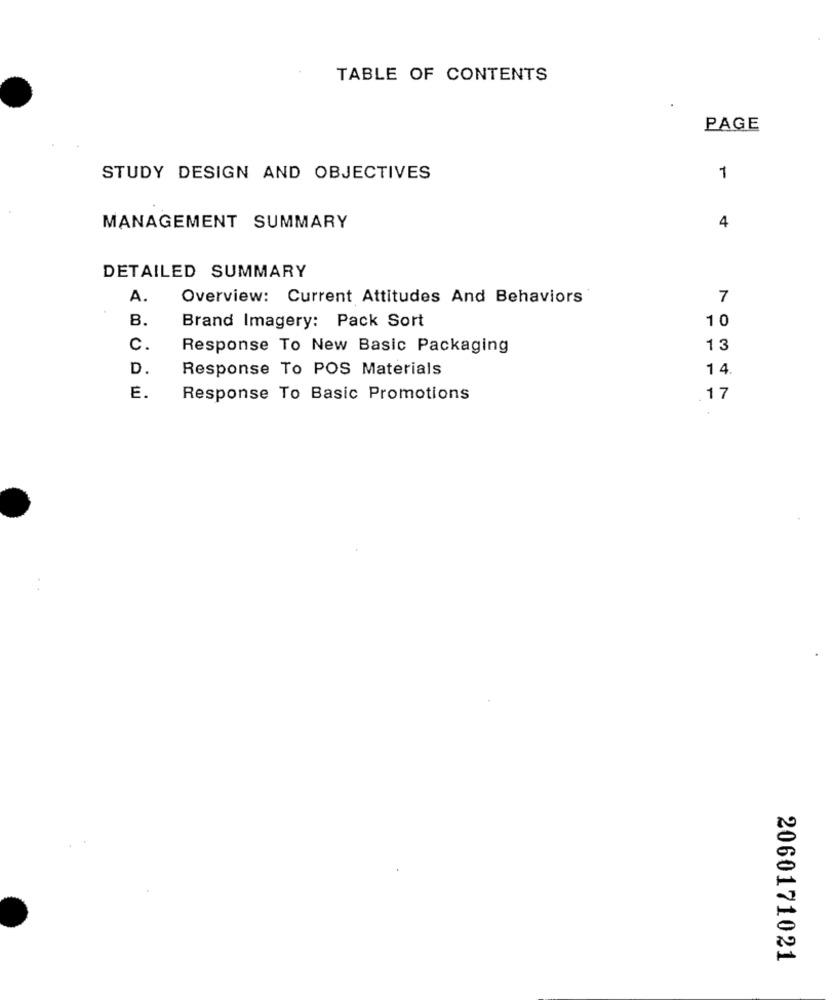
TABLE OF CONTENTS
PAGE
STUDY DESIGN AND OBJECTIVES
1
4
MANAGEMENT SUMMARY
DETAILED SUMMARY
A.
Overview: Current Attitudes And Behaviors
7
B.
10
Brand Imagery: Pack Sort
C.
Response To New Basic Packaging
1 3
D.
Response To POS Materials
14
E.
Response To Basic Promotions
17
2060171021